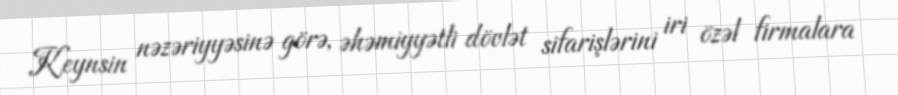
Keynsin nəzəriyyəsinə görə, əhəmiyyətli dövlət sifarişlərini iri özəl firmalara